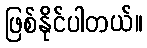
ဖြစ်နိုင်ပါတယ်။